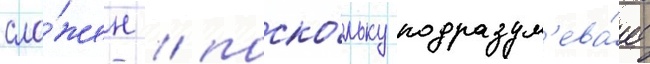
сло́жен / поско́льку подразум'ева́ет